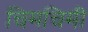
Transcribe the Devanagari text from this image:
चिमचिमी